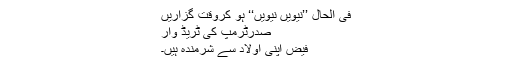
فی الحال ’’نیویں نیویں‘‘ ہو کروقت گزاریں
صدرٹرمپ کی ٹریڈ وار
فیض اپنی اولاد سے شرمندہ ہیں۔